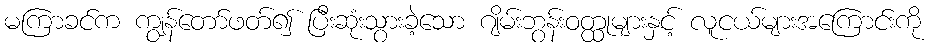
မကြာခင်က ကျွန်တော်ဖတ်၍ ပြီးဆုံးသွားခဲ့သော ဂျိမ်းဘွန်းဝတ္ထုများနှင့် လူငယ်များအကြောင်းကို